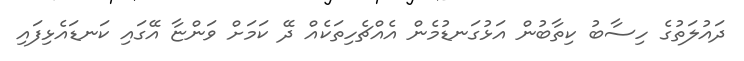
ދައުލަތުގެ ހިސާބު ކިތާބުން އަޅުގަނޑުމެން އެއްޗެހިތަކެއް ދޭ ކަމަށް ވަންޏާ އޭގައި ކަނޑައެޅިފައި